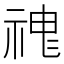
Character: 𱵏